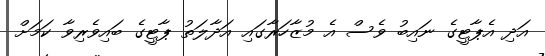
އަދި އެޕާޓީގެ ނައިބު ވެސް އެ މުޒާހަރާގައި އަދާލަތު ޕާޓީގެ ބައިވެރިވާ ކަމަށް